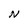
Character: N